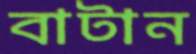
বাটান